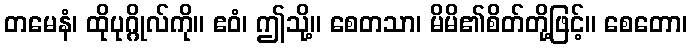
တမေနံ၊ ထိုပုဂ္ဂိုလ်ကို။ ဧဝံ၊ ဤသို့။ စေတသာ၊ မိမိ၏စိတ်တို့ဖြင့်။ စေတော၊